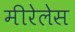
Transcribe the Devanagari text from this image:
मीरेलेस